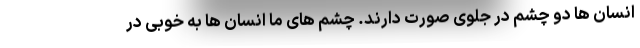
انسان ها دو چشم در جلوی صورت دارند. چشم های ما انسان ها به خوبی در